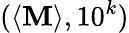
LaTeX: (\langle\mathbf{M}\rangle,10^{k})